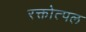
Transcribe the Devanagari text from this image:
रक्तोत्पल